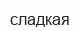
сладкая